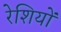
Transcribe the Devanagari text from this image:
रेशियों